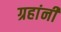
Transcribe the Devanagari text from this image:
ग्रहांनी